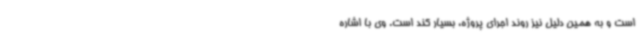
است و به همین دلیل نیز روند اجرای پروژه، بسیار کند است. وی با اشاره